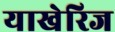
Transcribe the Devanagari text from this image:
याखेरिज